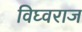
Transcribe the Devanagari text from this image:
विघ्वराज